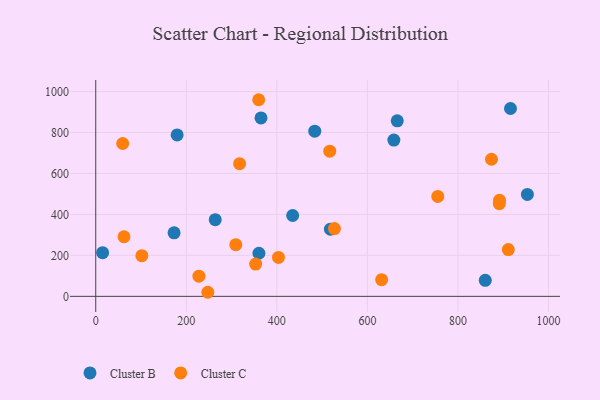
{"axis": {"x": "Price", "y": "Profit"}, "legend": ["Cluster B", "Cluster C"], "data": [{"x": "365.0", "y": 871.4, "type": "Cluster B"}, {"x": "518.3", "y": 328.2, "type": "Cluster B"}, {"x": "860.3", "y": 78.1, "type": "Cluster B"}, {"x": "15.2", "y": 213.2, "type": "Cluster B"}, {"x": "658.4", "y": 763.1, "type": "Cluster B"}, {"x": "434.9", "y": 394.7, "type": "Cluster B"}, {"x": "173.0", "y": 310.2, "type": "Cluster B"}, {"x": "953.3", "y": 497.9, "type": "Cluster B"}, {"x": "483.7", "y": 806.4, "type": "Cluster B"}, {"x": "179.8", "y": 788.0, "type": "Cluster B"}, {"x": "665.9", "y": 856.9, "type": "Cluster B"}, {"x": "916.0", "y": 917.2, "type": "Cluster B"}, {"x": "360.4", "y": 210.5, "type": "Cluster B"}, {"x": "263.9", "y": 374.2, "type": "Cluster B"}, {"x": "353.2", "y": 157.6, "type": "Cluster C"}, {"x": "516.8", "y": 709.1, "type": "Cluster C"}, {"x": "891.8", "y": 469.0, "type": "Cluster C"}, {"x": "317.7", "y": 647.6, "type": "Cluster C"}, {"x": "755.4", "y": 488.0, "type": "Cluster C"}, {"x": "891.3", "y": 452.5, "type": "Cluster C"}, {"x": "101.8", "y": 198.4, "type": "Cluster C"}, {"x": "874.0", "y": 669.4, "type": "Cluster C"}, {"x": "247.5", "y": 19.9, "type": "Cluster C"}, {"x": "359.9", "y": 960.1, "type": "Cluster C"}, {"x": "911.2", "y": 228.4, "type": "Cluster C"}, {"x": "59.5", "y": 746.4, "type": "Cluster C"}, {"x": "227.9", "y": 98.5, "type": "Cluster C"}, {"x": "527.2", "y": 330.8, "type": "Cluster C"}, {"x": "62.4", "y": 291.1, "type": "Cluster C"}, {"x": "309.3", "y": 252.1, "type": "Cluster C"}, {"x": "631.4", "y": 81.4, "type": "Cluster C"}, {"x": "403.6", "y": 190.1, "type": "Cluster C"}]}